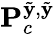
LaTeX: \mathbf{P}_{c}^{\tilde{\mathbf{y}},\tilde{\mathbf{y}}}